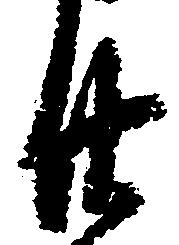
廿